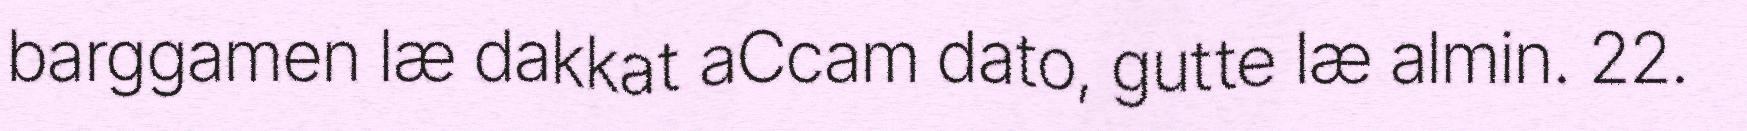
barggamen læ dakkat aCcam dato, gutte læ almin. 22.